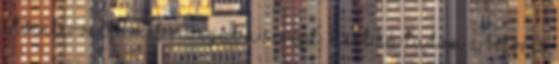
időintervallumot vizsgál a script. Mert ha tudom a betörés